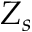
Z _ { s }